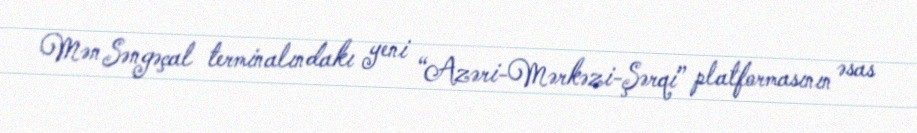
Mən Səngəçal terminalındakı yeni “Azəri-Mərkəzi-Şərqi” platformasının əsas